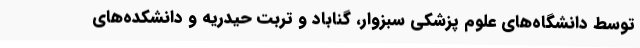
توسط دانشگاه‌های علوم پزشکی سبزوار، گناباد و تربت حیدریه و دانشکده‌های